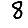
Digit: 8